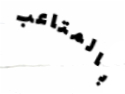
بالمتاعب